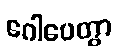
ဂေါပေတွာ